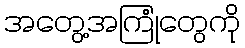
အတွေ့အကြုံတွေကို